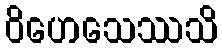
ဝိဟေသေဿသိ